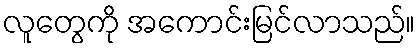
လူတွေကို အကောင်းမြင်လာသည်။